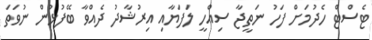
ޓެސްޓް ހެދުމަށް ފަހު ނަތީޖާ ސިއްހީ ލަފަޔާއި އިރުޝާދު ދެއްވާ ބޭފުޅުން ނުވަތަ